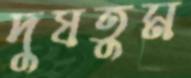
দুষতুম